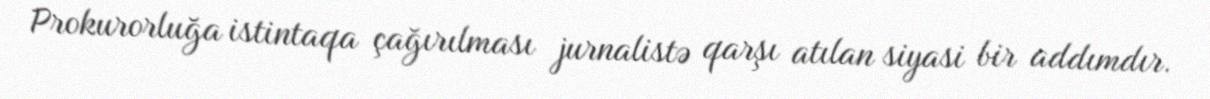
Prokurorluğa istintaqa çağırılması jurnalistə qarşı atılan siyasi bir addımdır.